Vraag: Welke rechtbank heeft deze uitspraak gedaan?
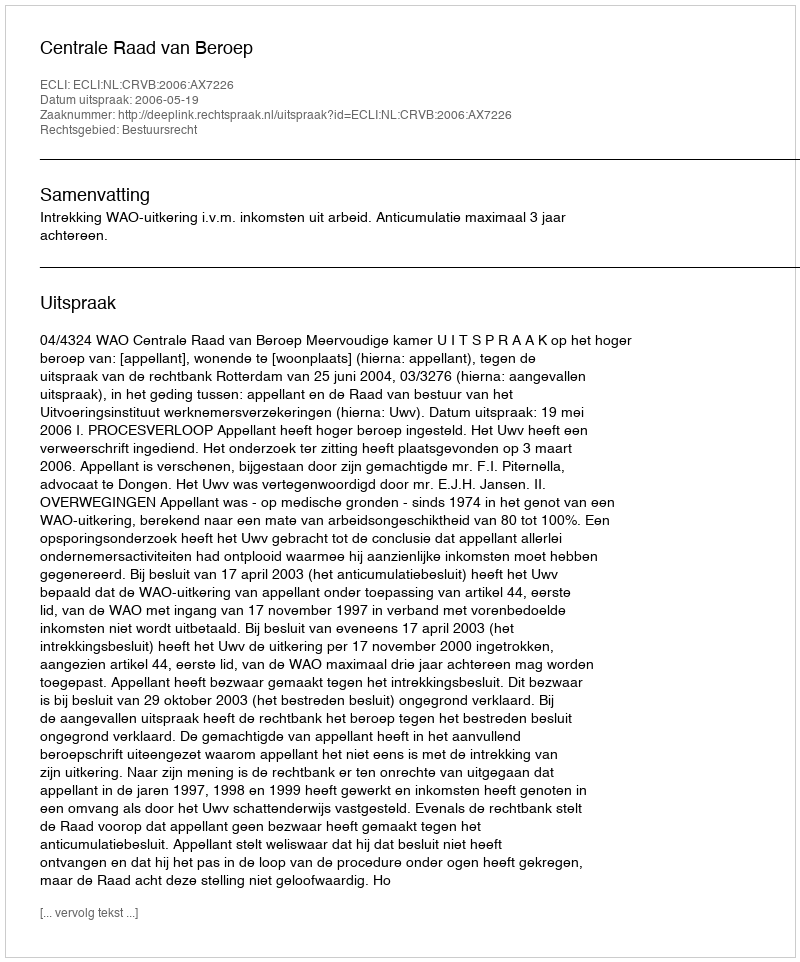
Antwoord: Centrale Raad van Beroep